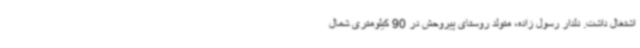
اشتغال داشت. دلدار رسول زاده، متولد روستای پیروحش در 90 کیلومتری شمال